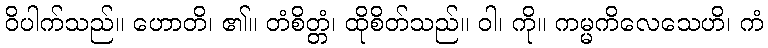
ဝိပါက်သည်။ ဟောတိ၊ ၏။ တံစိတ္တံ၊ ထိုစိတ်သည်။ ဝါ၊ ကို။ ကမ္မကိလေသေဟိ၊ ကံ